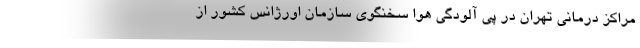
مراکز درمانی تهران در پی آلودگی هوا سخنگوی سازمان اورژانس کشور از